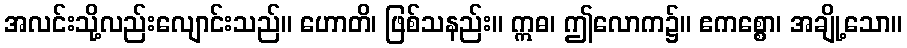
အလင်းသို့လည်းလျောင်းသည်။ ဟောတိ၊ ဖြစ်သနည်း။ ဣဓ၊ ဤလောက၌။ ဧကစ္စော၊ အချို့သော။